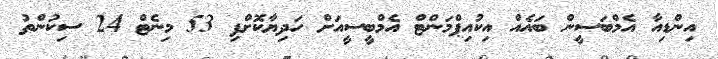
އިންޑިއާ އެމްބަސީން ބައެއް އިކުއިޕްމަންޓް އެމްބީސީއަށް ހަދިޔާކޮށްފި 53 މިނެޓް 24 ސިކުންތު